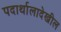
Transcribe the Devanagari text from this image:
पदार्थालादेखील